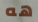
هه